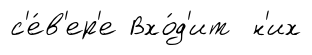
с'е́в'ер'е Вхо́д'ит н'их